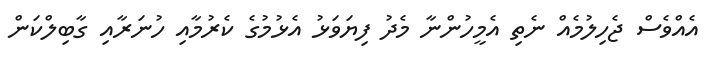
އެއްވެސް ޖެހިލުމެއް ނެތި އެމީހުންނާ މެދު ފިޔަވަޅު އެޅުމުގެ ކެރުމާއި ހުނަރާއި ގާބިލްކަން